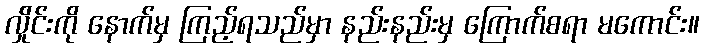
လ်ှိုင်းကို နောက်မှ ကြည့်ရသည်မှာ နည်းနည်းမှ ကြောက်စရာ မကောင်း။